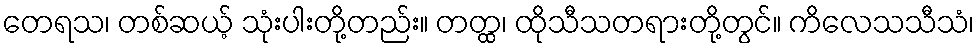
တေရသ၊ တစ်ဆယ့် သုံးပါးတို့တည်း။ တတ္ထ၊ ထိုသီသတရားတို့တွင်။ ကိလေသသီသံ၊